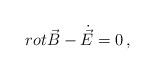
LaTeX: \begin{align*}rot \vec{B} - \dot{\vec{E}} = 0 \, , \end{align*}